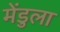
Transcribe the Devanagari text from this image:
मेंडुला